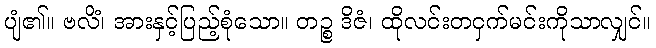
ပျံ၏။ ဗလိံ၊ အားနှင့်ပြည့်စုံသော။ တဉ္စ ဒိဇံ၊ ထိုလင်းတငှက်မင်းကိုသာလျှင်။